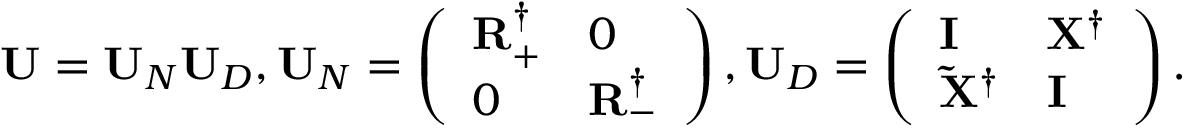
\ensuremath { \mathbf { U } } = \ensuremath { \mathbf { U } } _ { N } \ensuremath { \mathbf { U } } _ { D } , \ensuremath { \mathbf { U } } _ { N } = \left( \begin{array} { l l } { \ensuremath { \mathbf { R } } _ { + } ^ { \dagger } } & { 0 } \\ { 0 } & { \ensuremath { \mathbf { R } } _ { - } ^ { \dagger } } \end{array} \right) , \ensuremath { \mathbf { U } } _ { D } = \left( \begin{array} { l l } { \ensuremath { \mathbf { I } } } & { \ensuremath { \mathbf { X } } ^ { \dagger } } \\ { \ensuremath { \mathbf { \Tilde { X } ^ { \dagger } } } } & { \ensuremath { \mathbf { I } } } \end{array} \right) .